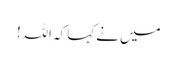
میں نے کہا کہ اللہ!